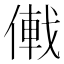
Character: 𪝠